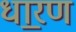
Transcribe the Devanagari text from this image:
धार॒ण